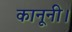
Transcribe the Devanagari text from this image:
कानूनी।